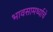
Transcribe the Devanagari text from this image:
भावसामर्थ्याचे